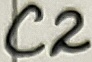
Text: C2